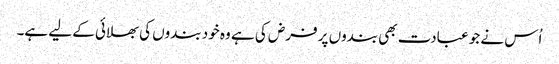
اُس نے جو عبادت بھی بندوں پر فرض کی ہے وہ خود بندوں کی بھلائی کے لیے ہے۔